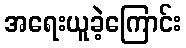
အရေးယူခဲ့ကြောင်း